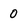
Character: 0